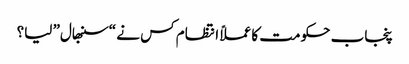
پنجاب حکومت کا عملاً انتظام کس نے “سنبھال” لیا؟